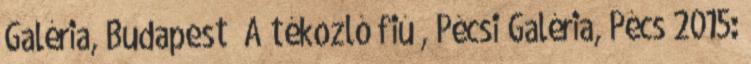
Galéria, Budapest „A tékozló fiú”, Pécsi Galéria, Pécs 2015: